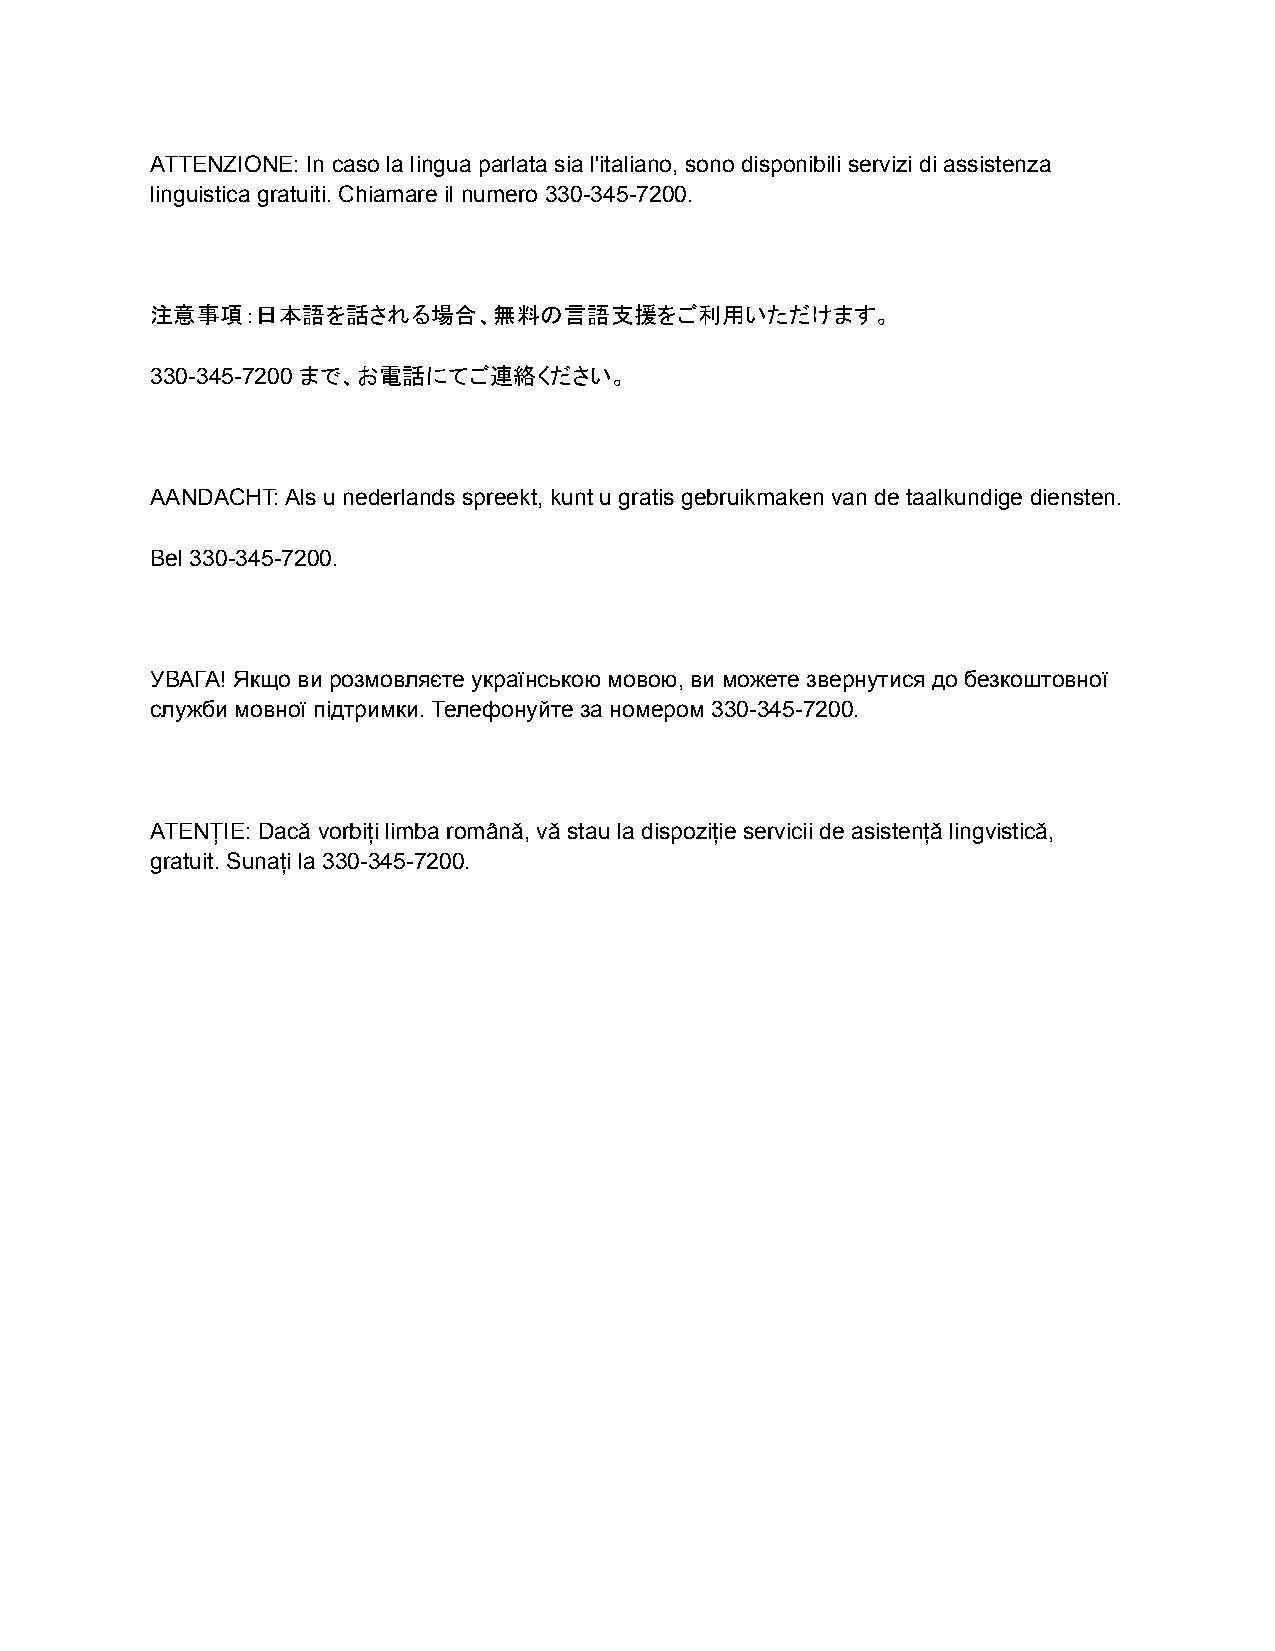
ATTENZIONE: In caso la lingua parlata sia l'italiano, sono disponibili servizi di assistenza
 linguistica gratuiti. Chiamare il numero 330-345-7200.
 注意事項：日本語を話される場合、無料の言語支援をご利用いただけます。
 330-345-7200 まで、お電話にてご連絡ください。
 AANDACHT: Als u nederlands spreekt, kunt u gratis gebruikmaken van de taalkundige diensten.
 Bel 330-345-7200.
 УВАГА! Якщо ви розмовляєте українською мовою, ви можете звернутися до безкоштовної
 служби мовної підтримки. Телефонуйте за номером 330-345-7200.
 ATENȚIE: Dacă vorbiți limba română, vă stau la dispoziție servicii de asistență lingvistică,
 gratuit. Sunați la 330-345-7200.